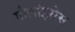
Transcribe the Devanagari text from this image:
गौलोइसेस